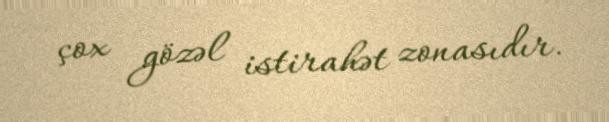
çox gözəl istirahət zonasıdır.